Lunatic asylums in Bengal annual reports 1888-1898 - 1888-1898
Year: 1888
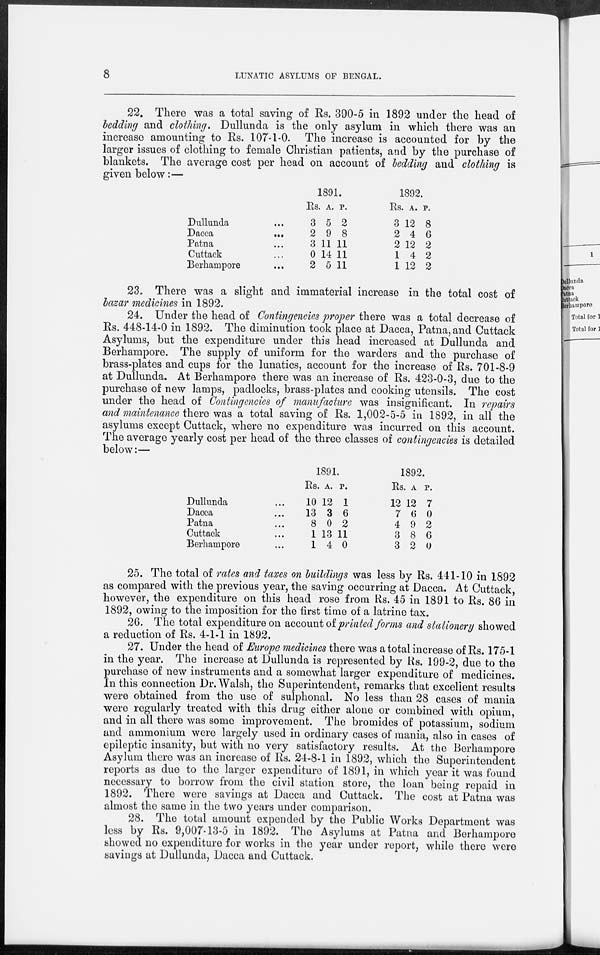
8
LUNATIC ASYLUMS OF BENGAL.
22. There was a total saving of Rs. 390-5 in 1892 under the head of
bedding and clothing. Dullunda is the only asylum in which there was an
increase amounting to Rs. 107-1-0. The increase is accounted for by the
larger issues of clothing to female Christian patients, and by the purchase of
blankets. The average cost per head on account of bedding and clothing is
given below:—
Dullunda ...
Dacca
...
Patna ...
Cuttack ...
Berhampore
...
1891.
Rs.
3
2
3
0
2
A.
5
9
11
14
5
P.
2
8
11
11
11
1892.
Rs.
3
2
2
1
1
A.
12
4
12
4
12
P.
8
6
2
2
2
23. There was a slight and immaterial increase in the total cost of
bazar medicines in 1892.
24. Under the head of Contingencies proper there was a total decrease of
Rs. 448-14-0 in 1892. The diminution took place at Dacca, Patna, and Cuttack
Asylums, but the expenditure under this head increased at Dullunda and
Berhampore. The supply of uniform for the warders and the purchase of
brass-plates and cups for the lunatics, account for the increase of Rs. 701-8-9
at Dullunda. At Berhampore there was an increase of Rs. 423-0-3, due to the
purchase of new lamps, padlocks, brass-plates and cooking utensils. The cost
under the head of Contingencies of manufacture was insignificant. In repairs
and maintenance there was a total saving of Rs. 1,002-5-5 in 1892, in all the
asylums except Cuttack, where no expenditure was incurred on this account.
The average yearly cost per head of the three classes of contingencies is detailed
below:—
Dullunda ...
Dacca ...
Patna ...
Cuttack ...
Berhampore ...
1891.
Rs.
10
13
8
1
1
A.
12
3
0
13
4
P.
1
6
2
11
0
1892.
Rs.
12
7
4
3
3
A.
12
6
9
8
2
P.
7
0
2
6
0
25. The total of rates and taxes on buildings was less by Rs. 441-10 in 1892
as compared with the previous year, the saving occurring at Dacca. At Cuttack,
however, the expenditure on this head rose from Rs. 45 in 1891 to Rs. 86 in
1892, owing to the imposition for the first time of a latrine tax.
26. The total expenditure on account of printed forms and stationery showed
a reduction of Rs. 4-1-1 in 1892.
27. Under the head of Europe medicines there was a total increase of Rs. 175-1
in the year. The increase at Dullunda is represented by Rs. 199-2, due to the
purchase of new instruments and a somewhat larger expenditure of medicines.
In this connection Dr. Walsh, the Superintendent, remarks that excellent results
were obtained from the use of sulphonal. No less than 28 cases of mania
were regularly treated with this drug either alone or combined with opium,
and in all there was some improvement. The bromides of potassium, sodium
and ammonium were largely used in ordinary cases of mania, also in cases of
epileptic insanity, but with no very satisfactory results. At the Berhampore
Asylum there was an increase of Rs. 24-8-1 in 1892, which the Superintendent
reports as due to the larger expenditure of 1891, in which year it was found
necessary to borrow from the civil station store, the loan being repaid in
1892. There were savings at Dacca and Cuttack. The cost at Patna was
almost the same in the two years under comparison.
28. The total amount expended by the Public Works Department was
less by Rs. 9,007 13-5 in 1892. The Asylums at Patna and Berhampore
showed no expenditure for works in the year under report, while there were
savings at Dullunda, Dacca and Cuttack.